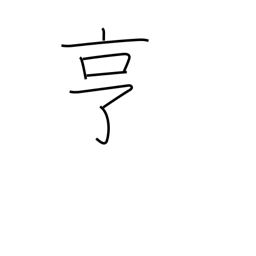
Meaning: go smoothly